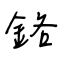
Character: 鉻